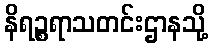
နိရဉ္စရာသတင်းဌာနသို့